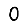
Digit: 0